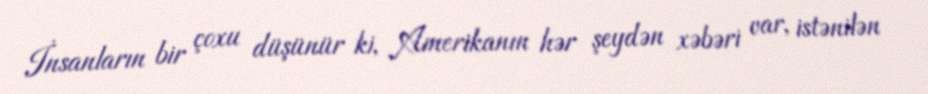
İnsanların bir çoxu düşünür ki, Amerikanın hər şeydən xəbəri var, istənilən